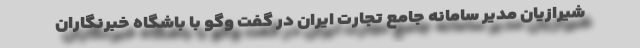
شیرازیان مدیر سامانه جامع تجارت ایران در گفت وگو با باشگاه خبرنگاران